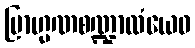
ဗြာဟ္မဏစဏ္ဍာလံယေဝ